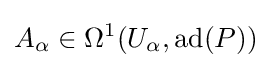
A_{\alpha }\in \Omega ^{1}(U_{\alpha },\operatorname {ad} (P))